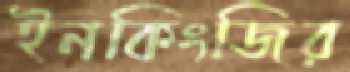
ইনকিংজির